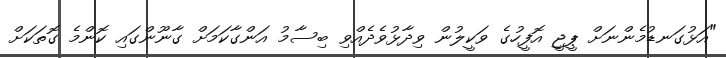
"އަޅުގަނޑުމެންނަށް ޕީޖީ އޮފީހުގެ ވަކީލުން ވިދާޅުވެދެއްވި ބިސާމު އަންގާކަމަށް ގާނޫންގައި ކޮންމެ ގޮތަކަށް